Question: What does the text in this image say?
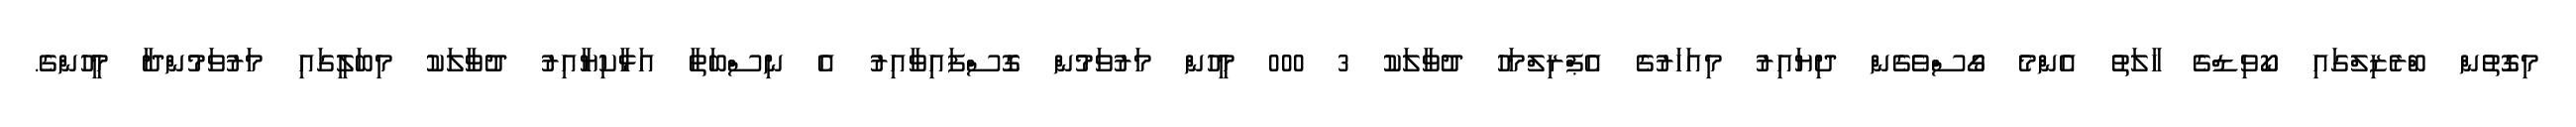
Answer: މިގޮތުން ބްރެޒިލްގައި ކޯވިޑްގެ ހާލަތު އެންމެ ގޯސްވެގެން ދިޔައިރު މިއަހަރުގެ އެޕްރިލްމަހު ދުވާލަކު 3 000 މީހުން މަރުވަމުން ގޮސްފައިވާއިރު އެ ނިސްބަތާ އަޅާކިޔާއިރު ދުވާލަކު މިބަލީގައި މަރުވަމުންދާ މީހުންގެ.